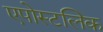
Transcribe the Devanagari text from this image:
एपोस्टलिक